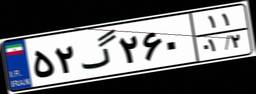
۱۹گ۱۱۷۴۵